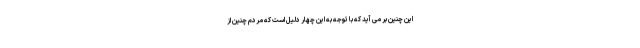
این چنین بر می آید که با توجه به این چهار دلیل است که مردم چنین از